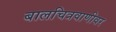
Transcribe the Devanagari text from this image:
बालचित्रवाणीवर